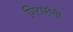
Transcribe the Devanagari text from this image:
गिटारांची